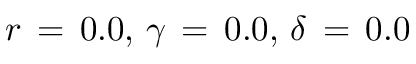
r \, = \, 0 . 0 , \, \gamma \, = \, 0 . 0 , \, \delta \, = \, 0 . 0